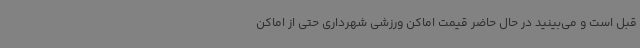
قبل است و می‌بینید در حال حاضر قیمت اماکن ورزشی شهرداری حتی از اماکن